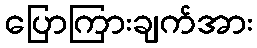
ပြောကြားချက်အား